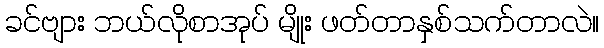
ခင်ဗျား ဘယ်လိုစာအုပ် မျိုး ဖတ်တာနှစ်သက်တာလဲ။